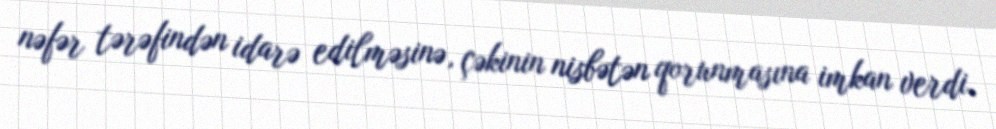
nəfər tərəfindən idarə edilməsinə, çəkinin nisbətən qorunmasına imkan verdi.